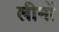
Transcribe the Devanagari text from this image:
लीमों